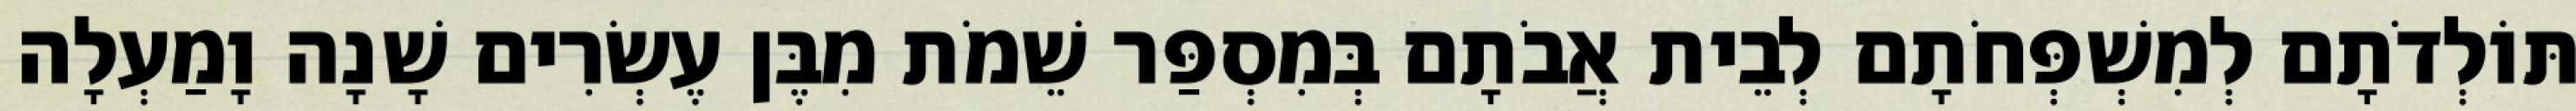
תּוֹלְדֹתָם לְמִשְׁפְּחֹתָם לְבֵית אֲבֹתָם בְּמִסְפַּר שֵׁמֹת מִבֶּן עֶשְׂרִים שָׁנָה וָמַעְלָה